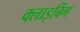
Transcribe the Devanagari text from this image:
क्लाइबिंग